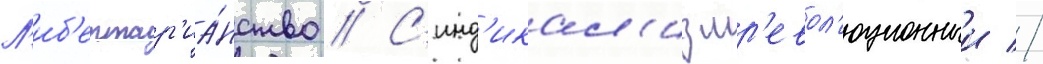
Л'иб'ертар'иа́нство // С'инд'икал'измр'евол'юционныи //